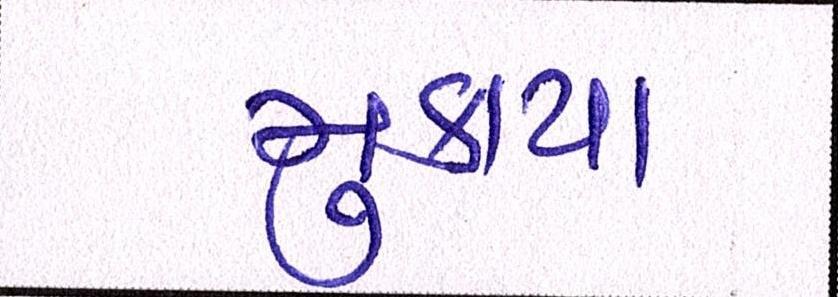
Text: મુકાયા